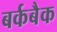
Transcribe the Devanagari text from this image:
बर्कबैक